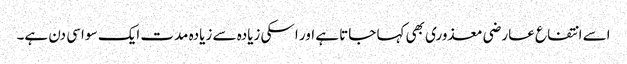
اسے انتفاع عارضی معذوری بھی کہا جاتا ہے اور اسکی زیادہ سے زیادہ مدت ایک سو اسی دن ہے۔